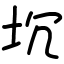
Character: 坈